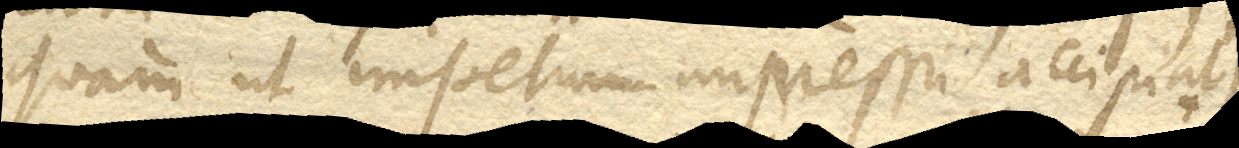
quam ut impetum impressum accipiat. +)